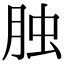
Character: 𦚭